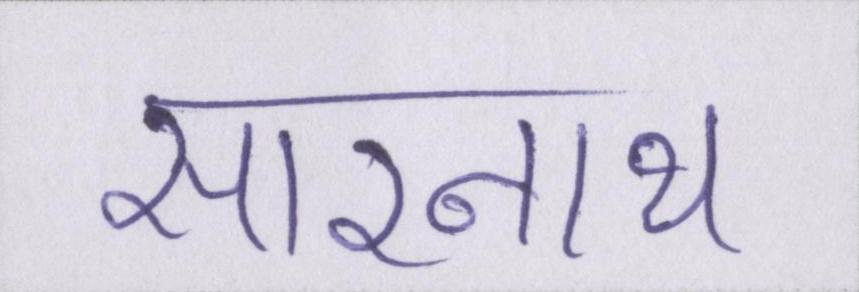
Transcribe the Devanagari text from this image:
सारनाथ